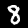
Label: 8